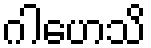
ဂါဟေသိ